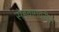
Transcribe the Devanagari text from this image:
सेहवागवरील